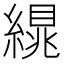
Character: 繉